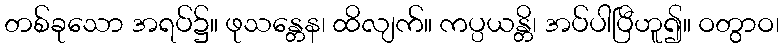
တစ်ခုသော အရပ်၌။ ဖုသန္တေန၊ ထိလျက်။ ကပ္ပယန္တိ၊ အပ်ပါပြီဟူ၍။ ဝတွာဝ၊